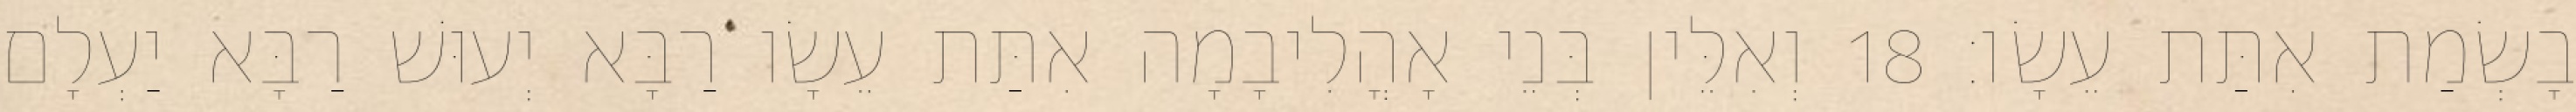
בָשְׂמַת אִתַּת עֵשָׂו׃ 18 וְאִלֵּין בְּנֵי אָהֳלִיבָמָה אִתַּת עֵשָׂו רַבָּא יְעוּשׁ רַבָּא יַעְלָם